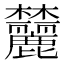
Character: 𬅛